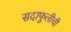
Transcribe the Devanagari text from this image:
सदाफुलीची